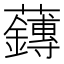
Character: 𫊙